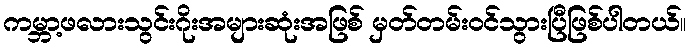
ကမ္ဘာ့ဖလားသွင်းဂိုးအများဆုံးအဖြစ် မှတ်တမ်းဝင်သွားပြီဖြစ်ပါတယ်။